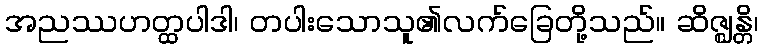
အညဿဟတ္ထပါဒါ၊ တပါးသောသူ၏လက်ခြေတို့သည်။ ဆိဇ္ဈန္တိ၊